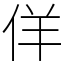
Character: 佯